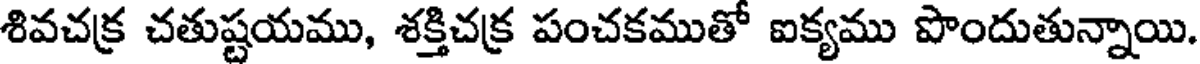
శివచక్ర చతుష్టయము, శక్తిచక్ర పంచకముతో ఐక్యము పొందుతున్నాయి.